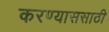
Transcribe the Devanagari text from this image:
करण्याससाठी